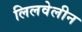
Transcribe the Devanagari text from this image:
लिलवेलीन